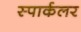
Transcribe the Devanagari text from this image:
स्पार्कलर